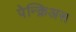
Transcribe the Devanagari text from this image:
पेन्क्रिअस